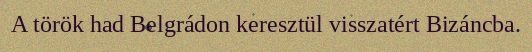
A török had Belgrádon keresztül visszatért Bizáncba.